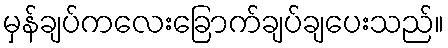
မှန်ချပ်ကလေးခြောက်ချပ်ချပေးသည်။